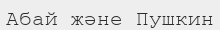
Абай және Пушкин